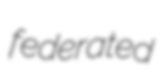
federated